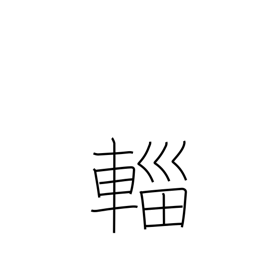
Meaning: canopied cart